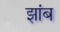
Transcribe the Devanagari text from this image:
झांब